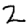
Digit: 2